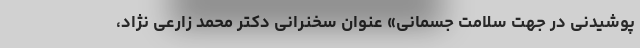
پوشیدنی در جهت سلامت جسمانی» عنوان سخنرانی دکتر محمد زارعی نژاد،